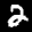
Label: 2